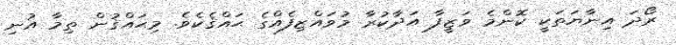
ރޯދަ އިނާޔަތަކީ ކޮންމެ ވަޒީފާ އަދާކުރާ މުވައްޒިފެއްގެ ޙައްޤެކެވެ. މިޙައްޤުން ތިމާ އުނި